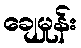
ချေမှုန်း